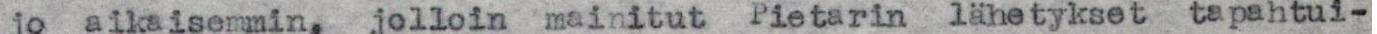
jo alkaisemmin, jolloin mainitut Pietarin lähetykset tapahtui-